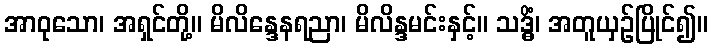
အာဝုသော၊ အရှင်တို့။ မိလိန္ဒေနရညာ၊ မိလိန္ဒမင်းနှင့်။ သဒ္ဓိံ၊ အတူယှဉ်ပြိုင်၍။